Civil Veterinary Dept. Bombay admin report 1907-1913 - 1907-1913
Year: 1907
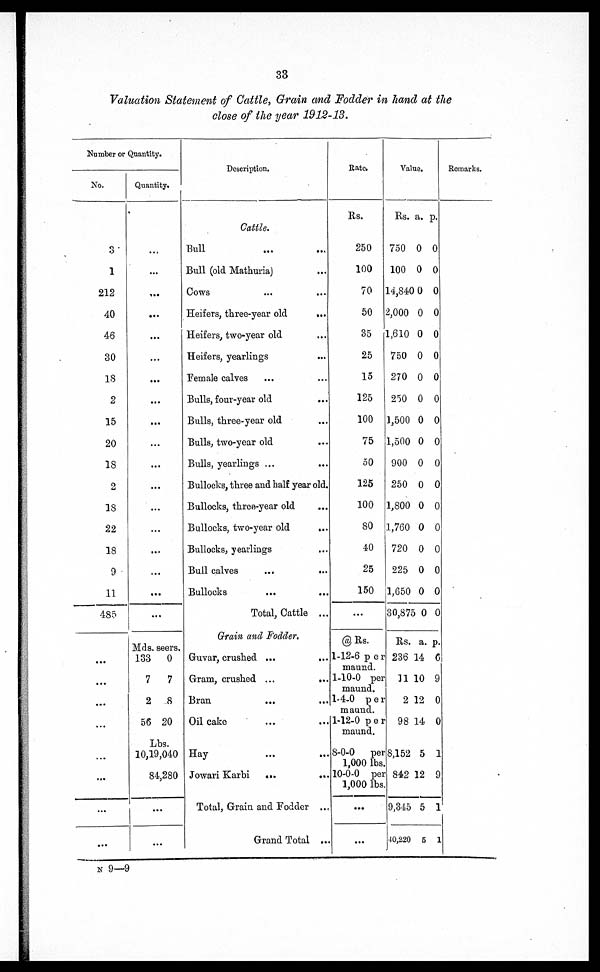
33
Valuation Statement of Cattle, Grain and Fodder in hand at the
close of the year 1912-13.
Number or Quantity.
No.
3
1
212
40
46
30
18
2
15
20
18
2
18
22
18
9
11
485
...
...
...
...
...
...
...
...
Quantity.
...
...
...
...
...
...
...
...
...
...
...
...
...
...
...
...
...
...
Mds. seers.
133 0
7 7
2 8
5(5 20
Lbs.
10,19,040
84,280
...
...
Description.
Cattle.
Bull ... ...
Bull (old Mathuria) ...
Cows ... ...
Heifers, three-year old
...
Heifers, two-year old ...
Heifers, yearlings ...
Female calves ... ...
Bulls, four-year old
...
Bulls, three-year old ...
Bulls, two-year old ...
Bulls, yearlings ...
Bullocks, three and half year old.
Bullocks, three-year old ...
Bullocks, two-year old
...
Bullocks, yearlings ...
Bull calves
...
...
Bullocks
...
...
Total, Cattle ...
Grain and Fodder.
Guvar, crushed ...
...
Gram, crushed ...
...
Bran ... ...
Oil cake ... ...
Hay ... ...
Jowari Karbi ...
...
Total, Grain and Fodder ...
Grand Total ...
Rate.
Rs.
250
100
70
50
35
25
15
125
100
75
50
125
100
80
40
25
150
...
@ Rs.
1-12-6 per
maund.
1-10-0 per
maund.
1-4-0 per
maund.
1-12-0 per
maund.
8-0-0 per
1,000 lbs.
10-0-0 per
1,000 lbs
...
...
Value.
Rs. a. p.
750 0 0
100 0 0
14,S40 0 0
2,000 0 0
1,610 0 0
750 0 0
270 0 0
250 0 0
1,500 0 0
1,500 0 0
900 0 0
250 0 0
1,800 0 0
1,760 0 0
720 0 0
225 0 0
1,650 0 0
30,875 0 0
Rs. a. p.
236 14 6
11 10 9
2 12 0
98 14 0
8,152 5 1
842 12 9
9,345 5 1
40,220 5 1
Remarks.
N 9—9